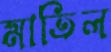
মাতিল